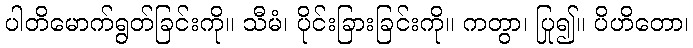
ပါတိမောက်ရွတ်ခြင်းကို။ သီမံ၊ ပိုင်းခြားခြင်းကို။ ကတွာ၊ ပြု၍။ ပိဟိတော၊